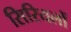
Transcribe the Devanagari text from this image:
सिरियलों